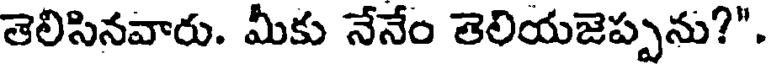
తెలిసినవారు. మీకు నేనేం తెలియజెప్పను?".